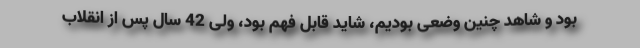
بود و شاهد چنین وضعی بودیم، شاید قابل فهم بود، ولی 42 سال پس از انقلاب